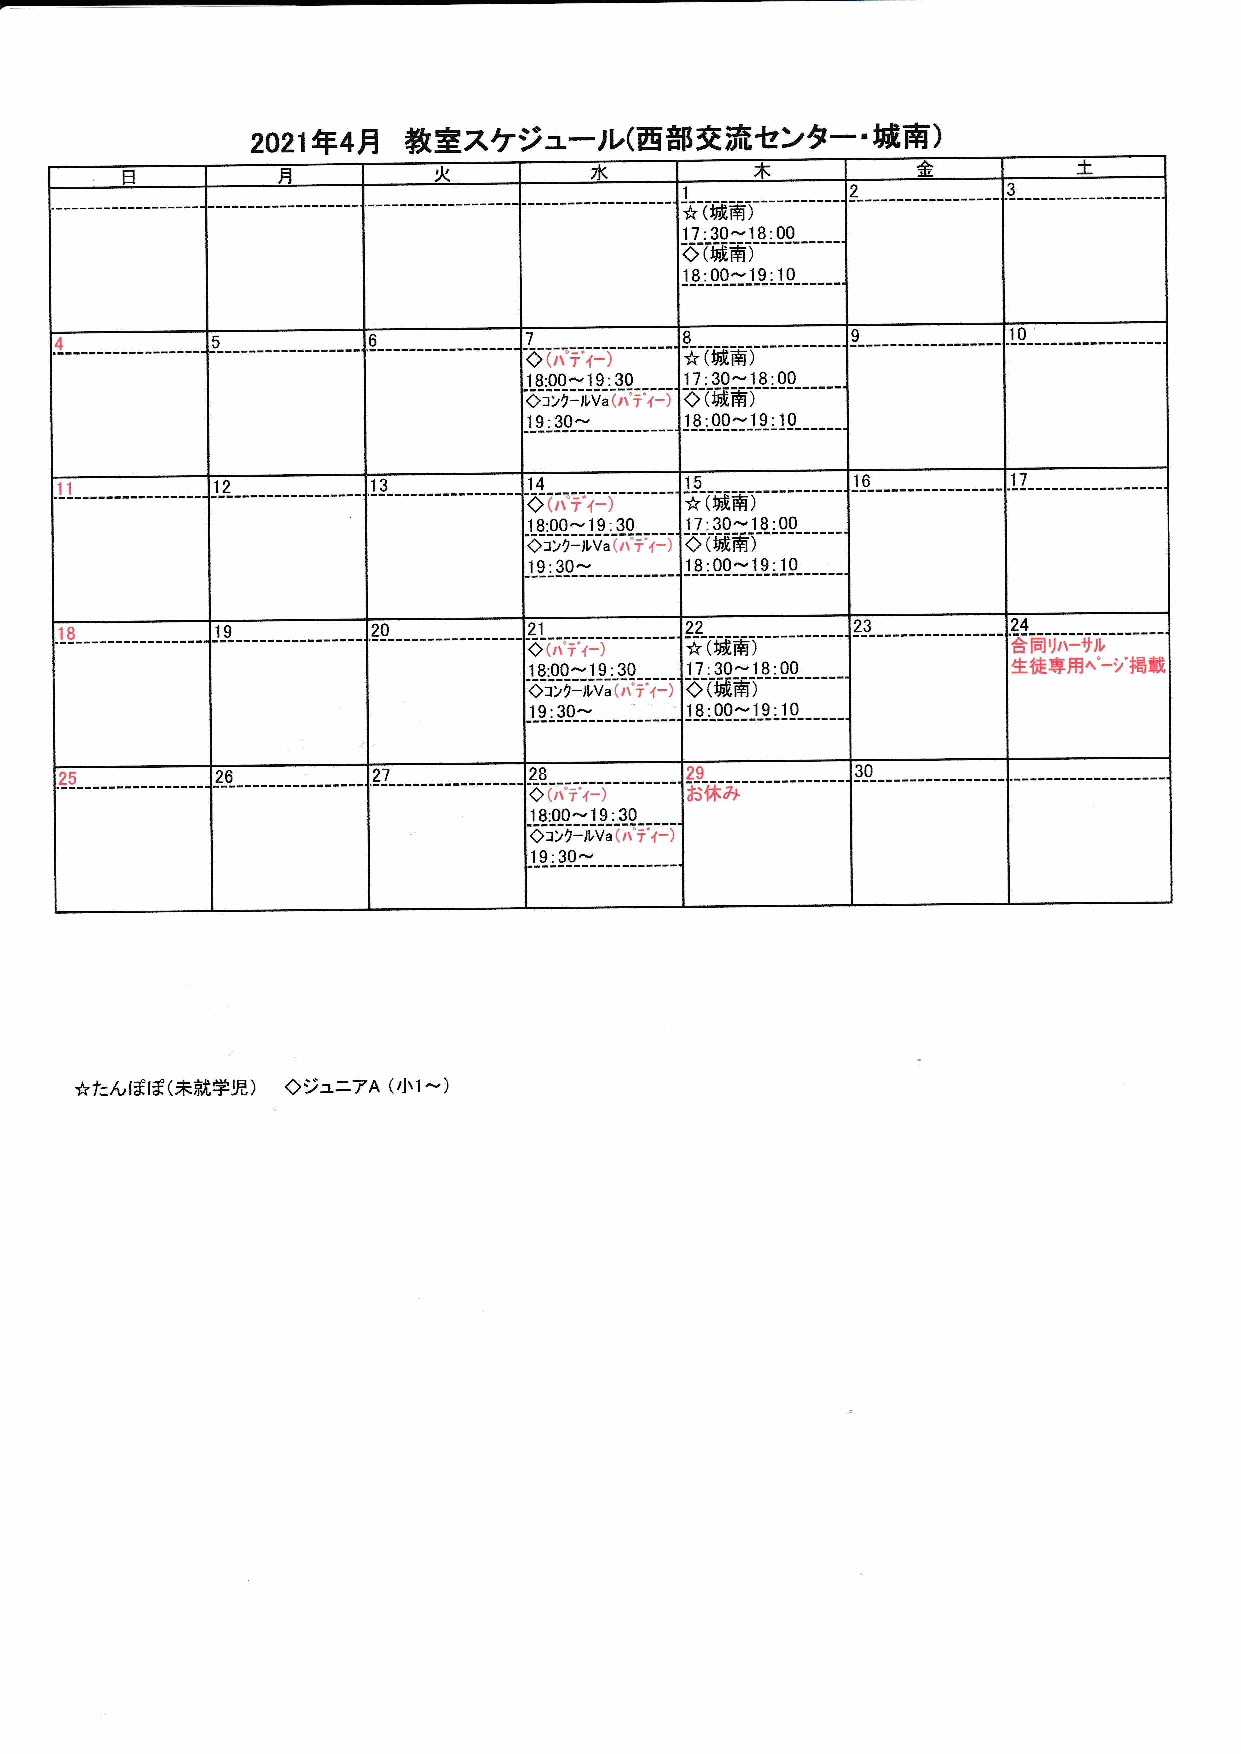
2021年4月
 教室スケジュール(西部交流センター・城南
 )
 日         月          火         水          木          金         土
 ☆(城南)
 17:30-18:00
 ………………
 ◇(城南ア
 18:00〜19:10
 0
 5                      ‐‐
 ◇(ハティー
 )
 ☆(颯自
 ◇18 コ10 ン0 ク〜 ール1 V9 a(: ′30 ゞテ・ ィー
 )
 ◇171 (3 城0〜 南' )18:00
 19:30〜    18100〜19:10
 ５          ６
 O (ハ゜ テ・ ィー ) ☆一 (城南) 一
 ◇18 コ:0 ン0 ク〜 ール1 V9 a: (ハ3 ・0
 テ・
 ィー
 )
 017 磁:30 部-18 …:0 …0
 19:30〜    18:00〜19:10
 ２‐                              24
 く 1一〉 8( :ハ・ 00テ・ -ィ 1ー 9) :30 ☆ 17:( 3城 0〜南 ) 18100 奮 生徒椰可リ 専ハ 用ーサ へル゜ ―デ掲載
 ◇コンクールVa(ハ゜ テ・ ィー
 )
 ◇(城南
 )
 19:30-    18:00〜19110
 ７                    冷          ３〇
 一         ◇(ハ‐ ティー
 )
 お一 休み      一
 18:00-19:30
 ・・
 ◇コンクールVa(ハティー
 19:30〜
 ☆たんぽぽ(未就学児)◇   ジユニアA(′ 1ヽ1〜
 )